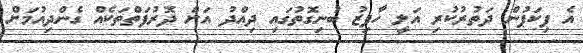
އެ ޕިކަޕުން ދަތުރުކުރި އަލީ ހާފިޒު ބުނިގޮތުގައި ދިއްދު އަށް ދޮރުފަތްތަކެއް ގެންދިއުމަށް